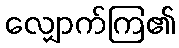
လျှောက်ကြ၏